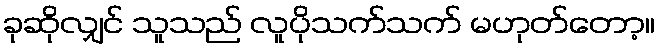
ခုဆိုလျှင် သူသည် လူပိုသက်သက် မဟုတ်တော့။